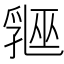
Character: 𬋲